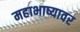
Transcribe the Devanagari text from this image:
महाभाष्यावर